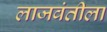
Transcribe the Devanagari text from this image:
लाजवंतीला